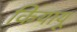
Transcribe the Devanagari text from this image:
कियायू